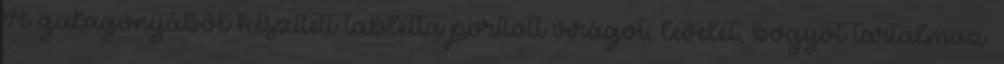
A galagonyából készített tabletta porított virágot, levelet, bogyót tartalmaz.